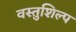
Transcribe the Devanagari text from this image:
वस्तुशिल्प